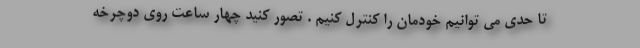
تا حدی می توانیم خودمان را کنترل کنیم . تصور کنید چهار ساعت روی دوچرخه